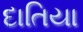
દાતિયા